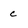
Character: c